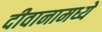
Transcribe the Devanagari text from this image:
दीवानामध्ये